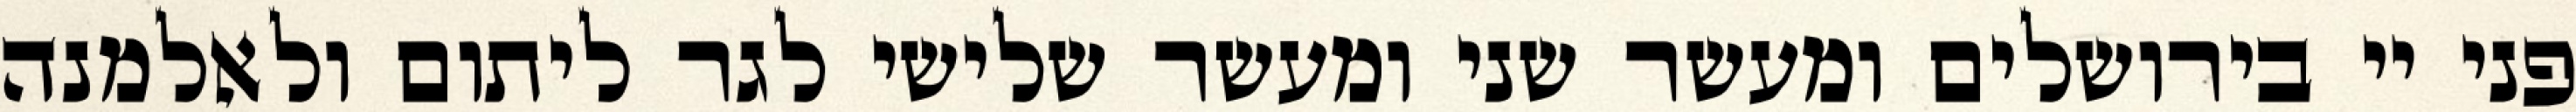
פני יי בירושלים ומעשר שני ומעשר שלישי לגר ליתום ולאלמנה